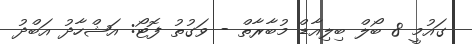
ގައުމީ 8 ބޯލް ބިލިއާޑް މުބާރާތް - ވަގުތު ފޮޓޯ: އަޝްހާދު އަބްދު